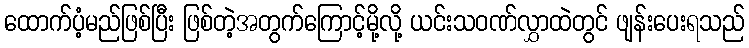
ထောက်ပံ့မည်ဖြစ်ပြီး ဖြစ်တဲ့အတွက်ကြောင့်မို့လို့ ယင်းသဝဏ်လွှာထဲတွင် ဖျန်းပေးရသည်